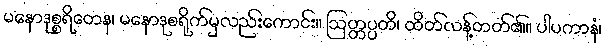
မနောဒုစ္စရိတေန၊ မနောဒုစရိုက်မှလည်းကောင်း။ ဩတ္တပ္ပတိ၊ ထိတ်လန့်တတ်၏။ ပါပကာနံ၊